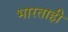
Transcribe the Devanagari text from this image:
भारताही